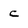
Character: C